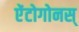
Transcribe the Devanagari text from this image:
ऐंटोगोनस्‌